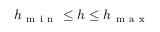
h _ { \mathrm { ~ m ~ i ~ n ~ } } \leq h \leq h _ { \mathrm { ~ m ~ a ~ x ~ } }